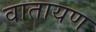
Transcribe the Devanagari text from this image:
वातायण